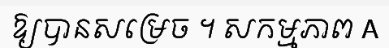
ឱ្យបានសម្រេច ។ សកម្មភាព A